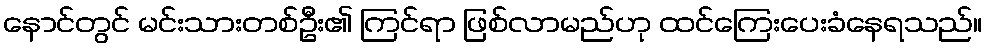
နောင်တွင် မင်းသားတစ်ဦး၏ ကြင်ရာ ဖြစ်လာမည်ဟု ထင်ကြေးပေးခံနေရသည်။